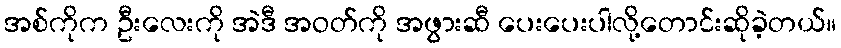
အစ်ကိုက ဦးလေးကို အဲဒီ အဝတ်ကို အဖွားဆီ ပေးပေးပါလို့တောင်းဆိုခဲ့တယ်။